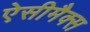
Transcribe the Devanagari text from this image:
ऐसीमैक्स